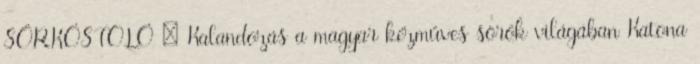
SÖRKÓSTOLÓ – Kalandozás a magyar kézműves sörök világában Katona